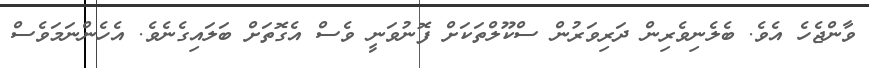
ވާންޖެހެ އެވެ. ބެލެނިވެރިން ދަރިވަރުން ސްކޫލްތަކަށް ފޮނުވަނީ ވެސް އެގޮތަށް ބަލައިގެނެވެ. އެހެންނަމަވެސް